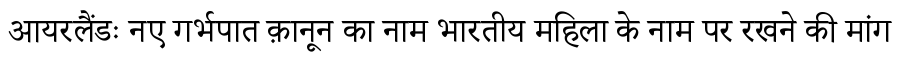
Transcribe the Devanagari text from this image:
आयरलैंडः नए गर्भपात क़ानून का नाम भारतीय महिला के नाम पर रखने की मांग